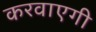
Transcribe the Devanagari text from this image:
करवाएगी